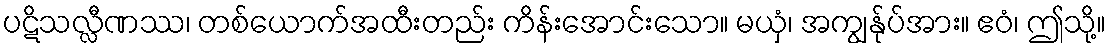
ပဋိသလ္လီဏဿ၊ တစ်ယောက်အထီးတည်း ကိန်းအောင်းသော။ မယှံ၊ အကျွန်ုပ်အား။ ဧဝံ၊ ဤသို့။